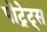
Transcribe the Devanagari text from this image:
पोट्रेट्स